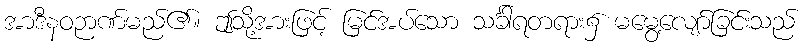
အာဒီနဝဉာဏ်မည်၏။ ဤသို့အားဖြင့် မြင်အပ်သော သင်္ခါရတရား၌ မမွေ့လျော်ခြင်းသည်